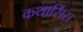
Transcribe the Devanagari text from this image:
कथार्सिस